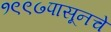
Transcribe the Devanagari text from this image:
१९९७पासूनचे